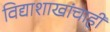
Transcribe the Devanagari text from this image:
विद्याशाखांचाही